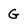
Character: G